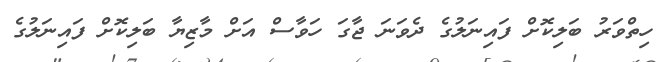
ހިތްވަރު ބަލިކޮށް ފައިނަލުގެ ދެވަނަ ޖާގަ ހަވާސް އަށް މާޒިޔާ ބަލިކޮށް ފަައިނަލުގެ